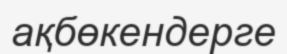
ақбөкендерге